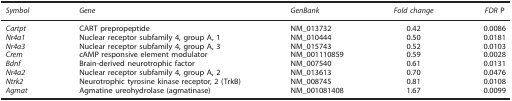
| Symbol | Gene | GenBank | Fold change | FDR P |
 | --- | --- | --- | --- | --- |
 | Cartpt | CART prepropeptide | NM_013732 | 0.42 | 0.0086 |
 | Nr4a1 | Nuclear receptor subfamily 4, group A, 1 | NM_010444 | 0.50 | 0.0181 |
 | Nr4a3 | Nuclear receptor subfamily 4, group A, 3 | NM_015743 | 0.52 | 0.0103 |
 | Crem | cAMP responsive element modulator | NM_001110859 | 0.59 | 0.0028 |
 | Bdnf | Brain-derived neurotrophic factor | NM_007540 | 0.61 | 0.0131 |
 | Nr4a2 | Nuclear receptor subfamily 4, group A, 2 | NM_013613 | 0.70 | 0.0476 |
 | Ntrk2 | Neurotrophic tyrosine kinase receptor, 2 (TrkB) | NM_008745 | 0.81 | 0.0108 |
 | Agmat | Agmatine ureohydrolase (agmatinase) | NM_001081408 | 1.67 | 0.0099 |